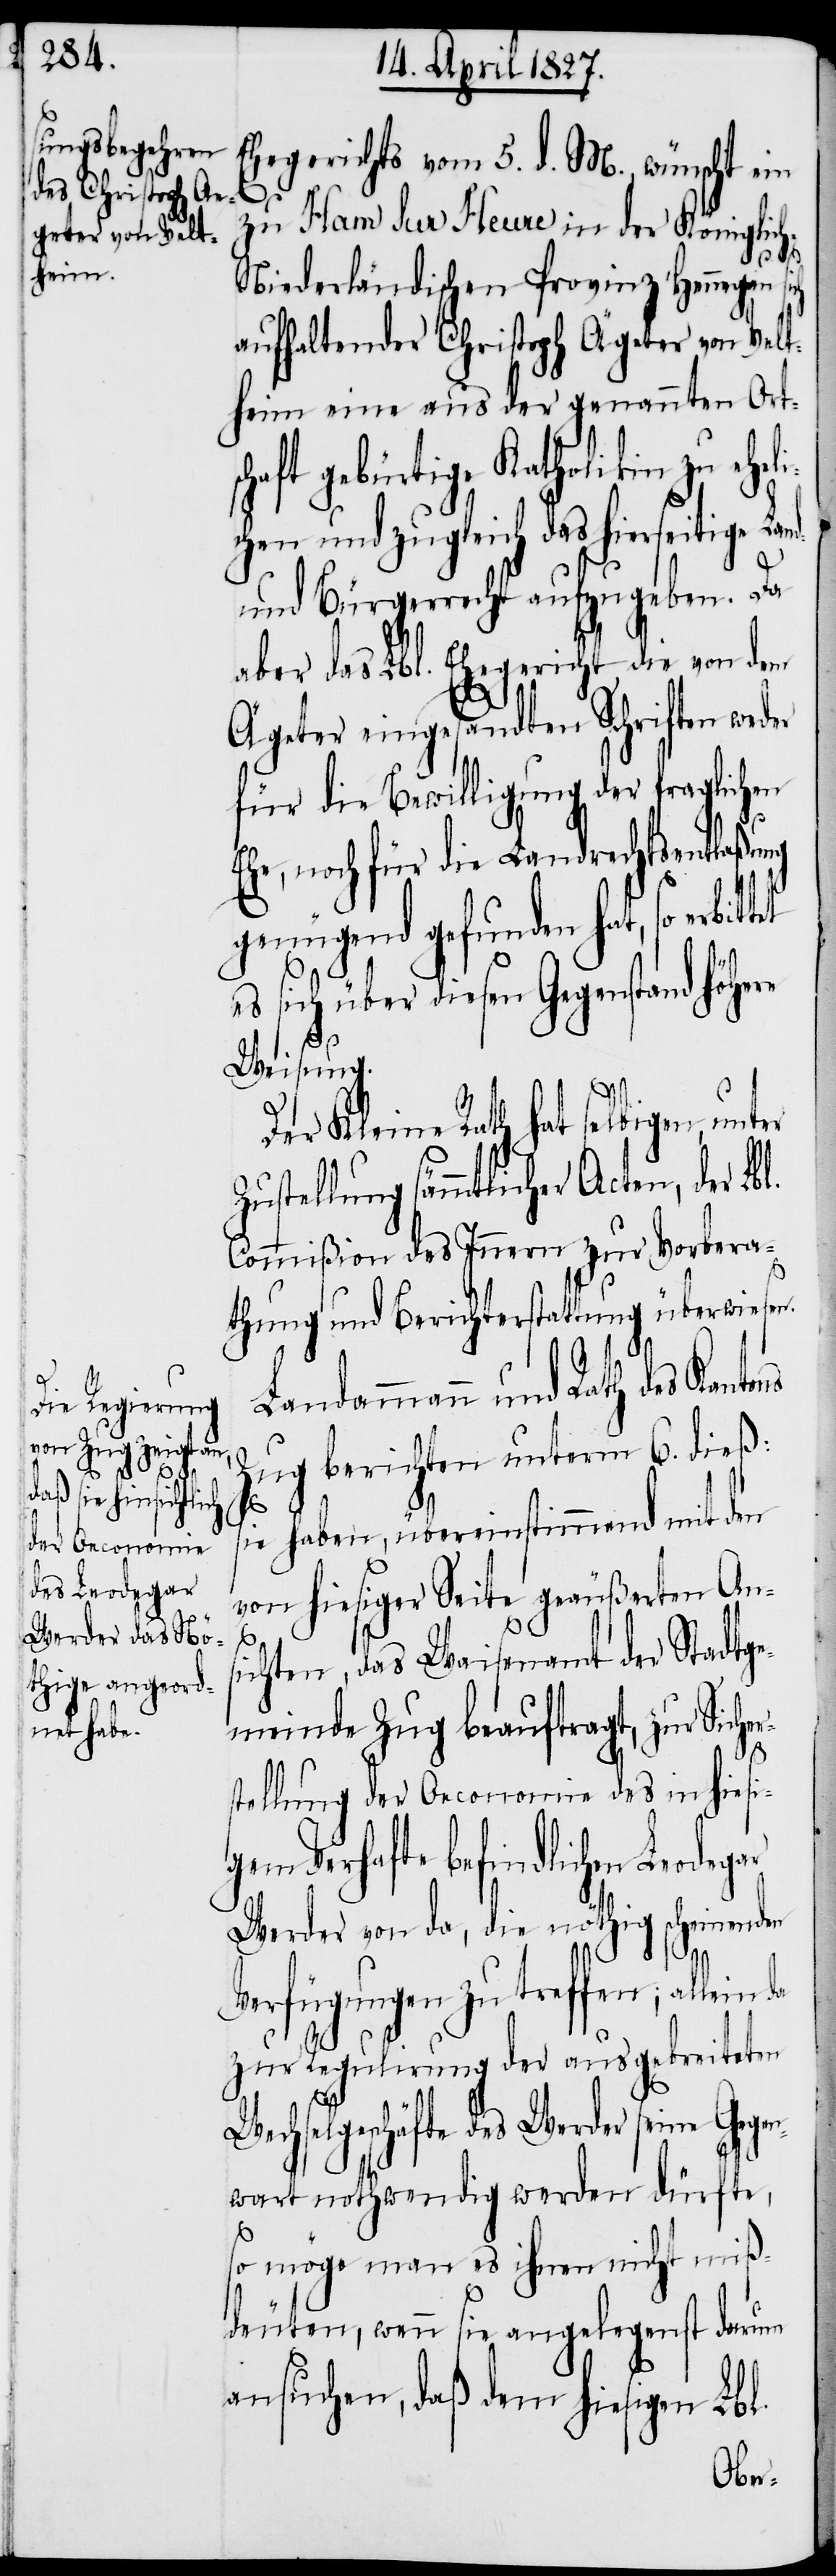
Ehegerichts vom 5. d. M., wünscht ein
Lan¬
zu Ham sur Heure in der Königlic¬
h-Niederländischen Provinz Hennegau
aufhaltender Christoph Ägerter [sic!]
heim eine aus der genannten Orts¬
chaft gebürtige Katholikin zu ehel¬
ichen und zugleich das hierseitige Land-
und Bürgerrecht aufzugeben. Da
aber das Lbl. Ehegericht die von dem
Ägerter eingesandten Schriften weder
für die Bewilligung der fraglichen
Ehe, noch für die Landrechtsentlaßung
genügend gefunden hat, so erbit¬
sich über diesen Gegenstand höhe¬
Weisung.
Der Kleine Rath hat selbigen unter
ustellung sämmtlicher Acten, der
Commißion des Innern zur Vorbera¬
thung und Berichterstattung überwiesen.
dammann und Rath des Kantons
Zug berichten unterm 6. dieß:
ie haben, übereinstimmend mit den
von hiesiger Seite geäußerten Ans¬
ichten, das Waisenamt der Stadtge¬
meinde Zug beauftragt, zur Siche¬
r¬
stellung der Oeconomie des in hiesi¬
gem Verhaft befindlichen Leode¬
Werder von da, die nöthig scheinenden
gar
Verfügungen zu treffen;
zur Regulirung der ausgebreiteten
Wechselgeschäfte des Werder seine Gege¬
nwart nothwendig werden dürfte,
so möge man es ihnen nicht miß¬
deuten, wenn sie angelegenst darum
ansuchen, daß dem hiesigen Lbl.